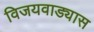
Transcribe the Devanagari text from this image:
विजयवाड्यास